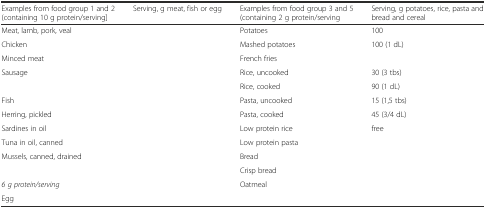
<table><thead><tr><td><b>Examples from food group 1 and 2 (containing 10 g protein/serving]</b></td><td><b>Serving, g meat, fish or egg</b></td><td><b>Examples from food group 3 and 5 (containing 2 g protein/serving</b></td><td><b>Serving, g potatoes, rice, pasta and bread and cereal</b></td></tr></thead><tbody><tr><td>Meat, lamb, pork, veal</td><td>[EMPTY_CELL]</td><td>Potatoes</td><td>100</td></tr><tr><td>Chicken</td><td>[EMPTY_CELL]</td><td>Mashed potatoes</td><td>100 (1 dL)</td></tr><tr><td>Minced meat</td><td>[EMPTY_CELL]</td><td>French fries</td><td>[EMPTY_CELL]</td></tr><tr><td>Sausage</td><td>[EMPTY_CELL]</td><td>Rice, uncooked</td><td>30 (3 tbs)</td></tr><tr><td>[EMPTY_CELL]</td><td>[EMPTY_CELL]</td><td>Rice, cooked</td><td>90 (1 dL)</td></tr><tr><td>Fish</td><td>[EMPTY_CELL]</td><td>Pasta, uncooked</td><td>15 (1,5 tbs)</td></tr><tr><td>Herring, pickled</td><td>[EMPTY_CELL]</td><td>Pasta, cooked</td><td>45 (3/4 dL)</td></tr><tr><td>Sardines in oil</td><td>[EMPTY_CELL]</td><td>Low protein rice</td><td>free</td></tr><tr><td>Tuna in oil, canned</td><td>[EMPTY_CELL]</td><td>Low protein pasta</td><td>[EMPTY_CELL]</td></tr><tr><td>Mussels, canned, drained</td><td>[EMPTY_CELL]</td><td>Bread</td><td>[EMPTY_CELL]</td></tr><tr><td>[EMPTY_CELL]</td><td>[EMPTY_CELL]</td><td>Crisp bread</td><td>[EMPTY_CELL]</td></tr><tr><td><i>6 g protein/serving</i></td><td>[EMPTY_CELL]</td><td>Oatmeal</td><td>[EMPTY_CELL]</td></tr><tr><td>Egg</td><td>[EMPTY_CELL]</td><td>[EMPTY_CELL]</td><td>[EMPTY_CELL]</td></tr></tbody></table>